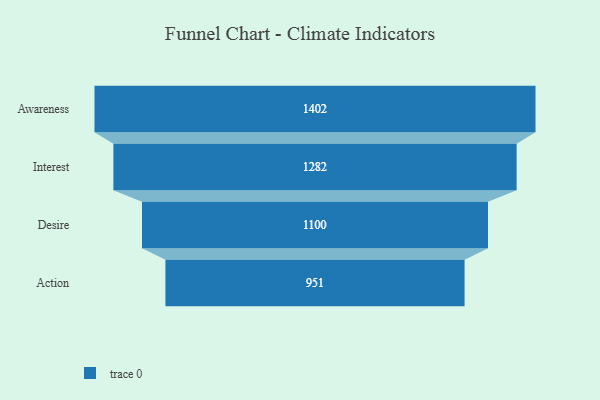
{"axis": {"x": "Stage", "y": "Value"}, "legend": [""], "data": [{"x": "Awareness", "y": 1402.0, "type": ""}, {"x": "Interest", "y": 1282.0, "type": ""}, {"x": "Desire", "y": 1100.0, "type": ""}, {"x": "Action", "y": 951.0, "type": ""}]}